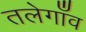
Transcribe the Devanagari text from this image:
तलेगाँव